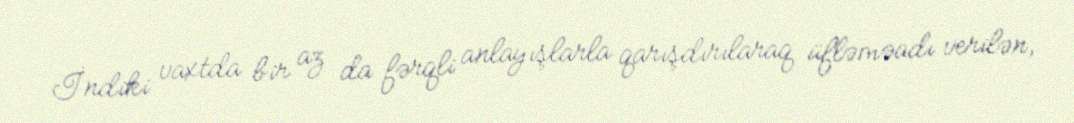
İndiki vaxtda bir az da fərqli anlayışlarla qarışdırılaraq üfləməadı verilən,